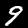
Label: 9